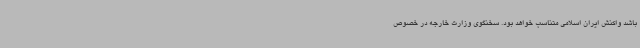
باشد واکنش ایران اسلامی متناسب خواهد بود. سخنگوی وزارت خارجه در خصوص